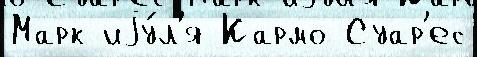
Марк иjу́л'я Кармо Суар'ес